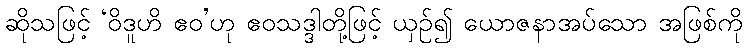
ဆိုသဖြင့် ‘ဝိဒူဟိ ဧဝ’ဟု ဧဝသဒ္ဒါတို့ဖြင့် ယှဉ်၍ ယောဇနာအပ်သော အဖြစ်ကို